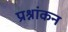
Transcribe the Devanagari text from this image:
प्रश्नांकन